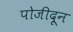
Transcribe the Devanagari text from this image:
पोजीदून